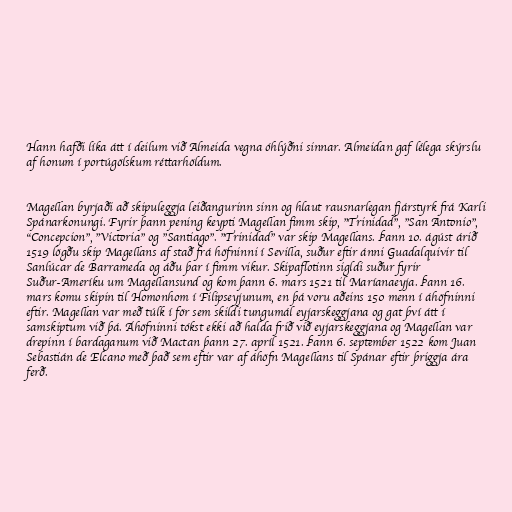
Hann hafði líka átt í deilum við Almeida vegna óhlýðni sinnar. Almeidan gaf lélega skýrslu
af honum í portúgölskum réttarhöldum.

Magellan byrjaði að skipuleggja leiðangurinn sinn og hlaut rausnarlegan fjárstyrk frá Karli
Spánarkonungi. Fyrir þann pening keypti Magellan fimm skip, "Trinidad", "San Antonio",
"Concepcion", "Victoria" og "Santiago". "Trinidad" var skip Magellans. Þann 10. ágúst árið
1519 lögðu skip Magellans af stað frá höfninni í Sevilla, suður eftir ánni Guadalquivir til
Sanlúcar de Barrameda og áðu þar í fimm vikur. Skipaflotinn sigldi suður fyrir
Suður-Ameríku um Magellansund og kom þann 6. mars 1521 til Maríanaeyja. Þann 16.
mars komu skipin til Homonhom í Filipseyjunum, en þá voru aðeins 150 menn í áhöfninni
eftir. Magellan var með túlk í för sem skildi tungumál eyjarskeggjana og gat því átt í
samskiptum við þá. Áhöfninni tókst ekki að halda frið við eyjarskeggjana og Magellan var
drepinn í bardaganum við Mactan þann 27. apríl 1521. Þann 6. september 1522 kom Juan
Sebastián de Elcano með það sem eftir var af áhöfn Magellans til Spánar eftir þriggja ára
ferð.